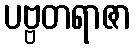
ပဗ္ဗတရာဇာ